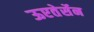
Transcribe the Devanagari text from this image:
ऊएतेर्सेन